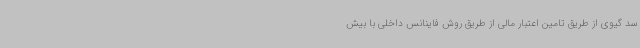
سد گیوی از طریق تامین اعتبار مالی از طریق روش فاینانس داخلی با بیش